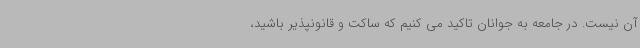
آن نیست. در جامعه به جوانان تاکید می کنیم که ساکت و قانونپذیر باشید،